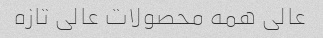
عالی همه محصولات عالی تازه